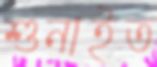
শুনাইত